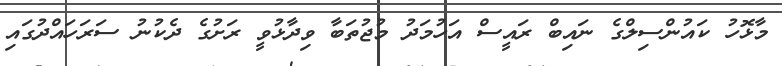
މާޅޮހު ކައުންސިލްގެ ނައިބް ރައީސް އަހުމަދު މުޖުތަބާ ވިދާޅުވީ ރަށުގެ ދެކުނު ސަރަހައްދުގައި